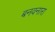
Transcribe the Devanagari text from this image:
बनवनारा